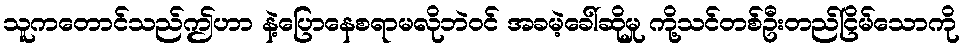
သူကတောင်သည်ဤဟာ နဲ့ပြောနေစရာမလိုဘဲဝင် အခမဲ့ခေါ်ဆိုမှု ကို့သင်တစ်ဦးတည်ငြိမ်သောကို